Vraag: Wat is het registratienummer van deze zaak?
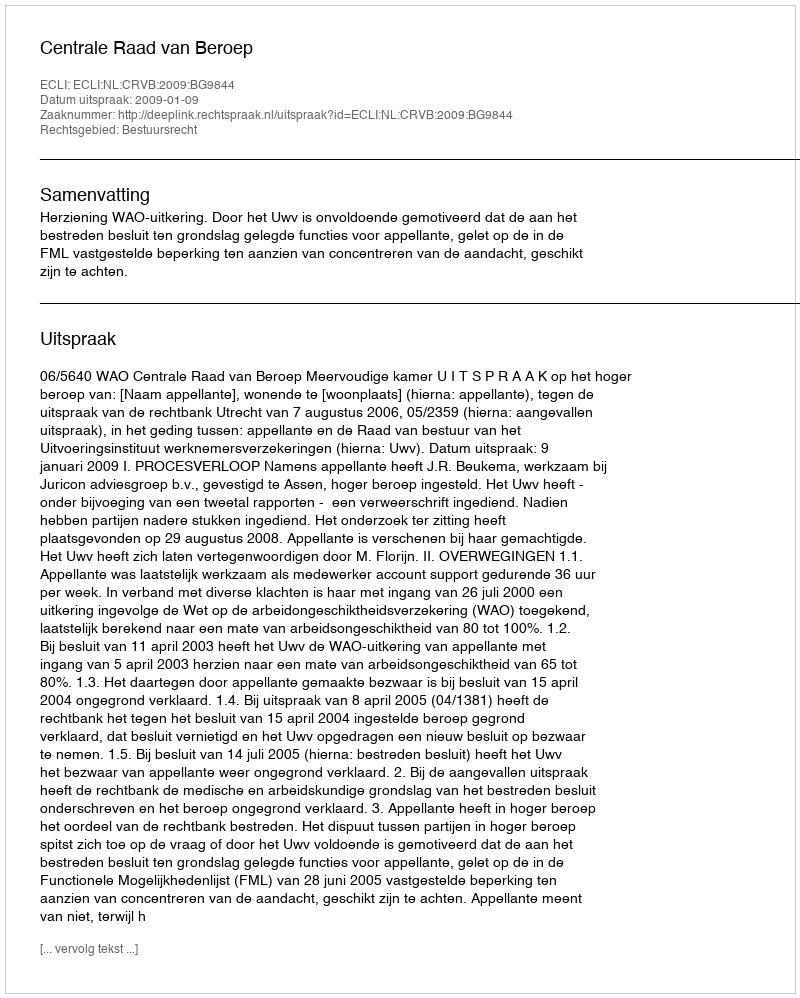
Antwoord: http://deeplink.rechtspraak.nl/uitspraak?id=ECLI:NL:CRVB:2009:BG9844